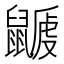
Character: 𪕽